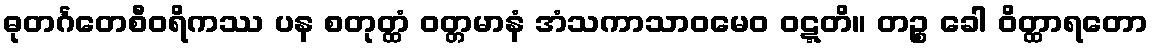
ဓုတင်္ဂတေစီဝရိကဿ ပန စတုတ္ထံ ဝတ္တမာနံ အံသကာသာဝမေဝ ဝဋ္ဋတိ။ တဉ္စ ခေါ ဝိတ္ထာရတော